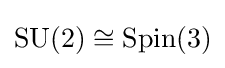
{\text{SU}}(2)\cong \mathrm {Spin} (3)